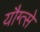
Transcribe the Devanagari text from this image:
यौग्त्से